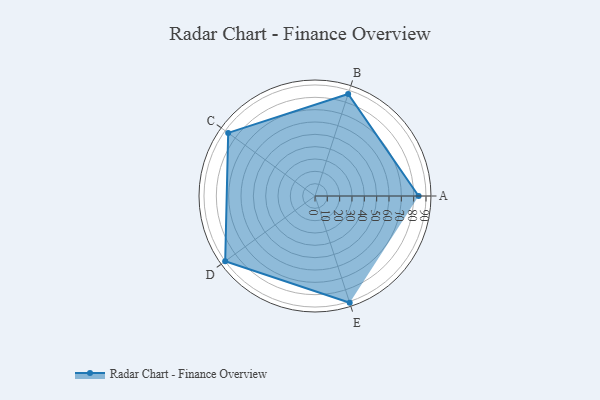
{"axis": {"x": "Skill", "y": "Score"}, "legend": ["Profile"], "data": [{"x": "A", "y": 84.0, "type": "Profile"}, {"x": "B", "y": 87.0, "type": "Profile"}, {"x": "C", "y": 87.0, "type": "Profile"}, {"x": "D", "y": 90.0, "type": "Profile"}, {"x": "E", "y": 91.0, "type": "Profile"}]}